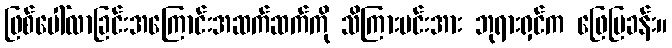
ဖြစ်ပေါ်လာခြင်းအကြောင်းအဆက်ဆက်ကို သိကြားမင်းအား ဘုရားရှင်က ဖြေပြခန်း။